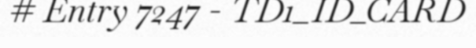
# Entry 7247 - TD1_ID_CARD